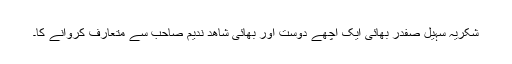
شکریہ سہیل صفدر بھائی ایک اچھے دوست اور بھائی شاھد ندیم صاحب سے متعارف کروانے کا۔